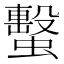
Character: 蟿